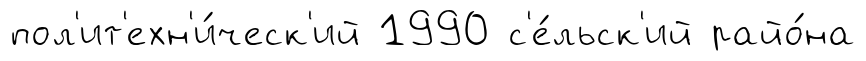
пол'ит'ехн'и́ческ'ий 1990 с'е́льск'ий райо́на